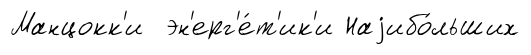
Манцокк'и эн'ерг'е́т'ик'и Наjибо́льших